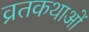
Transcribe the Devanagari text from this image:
व्रतकथाओं